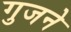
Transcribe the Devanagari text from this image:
गुजने